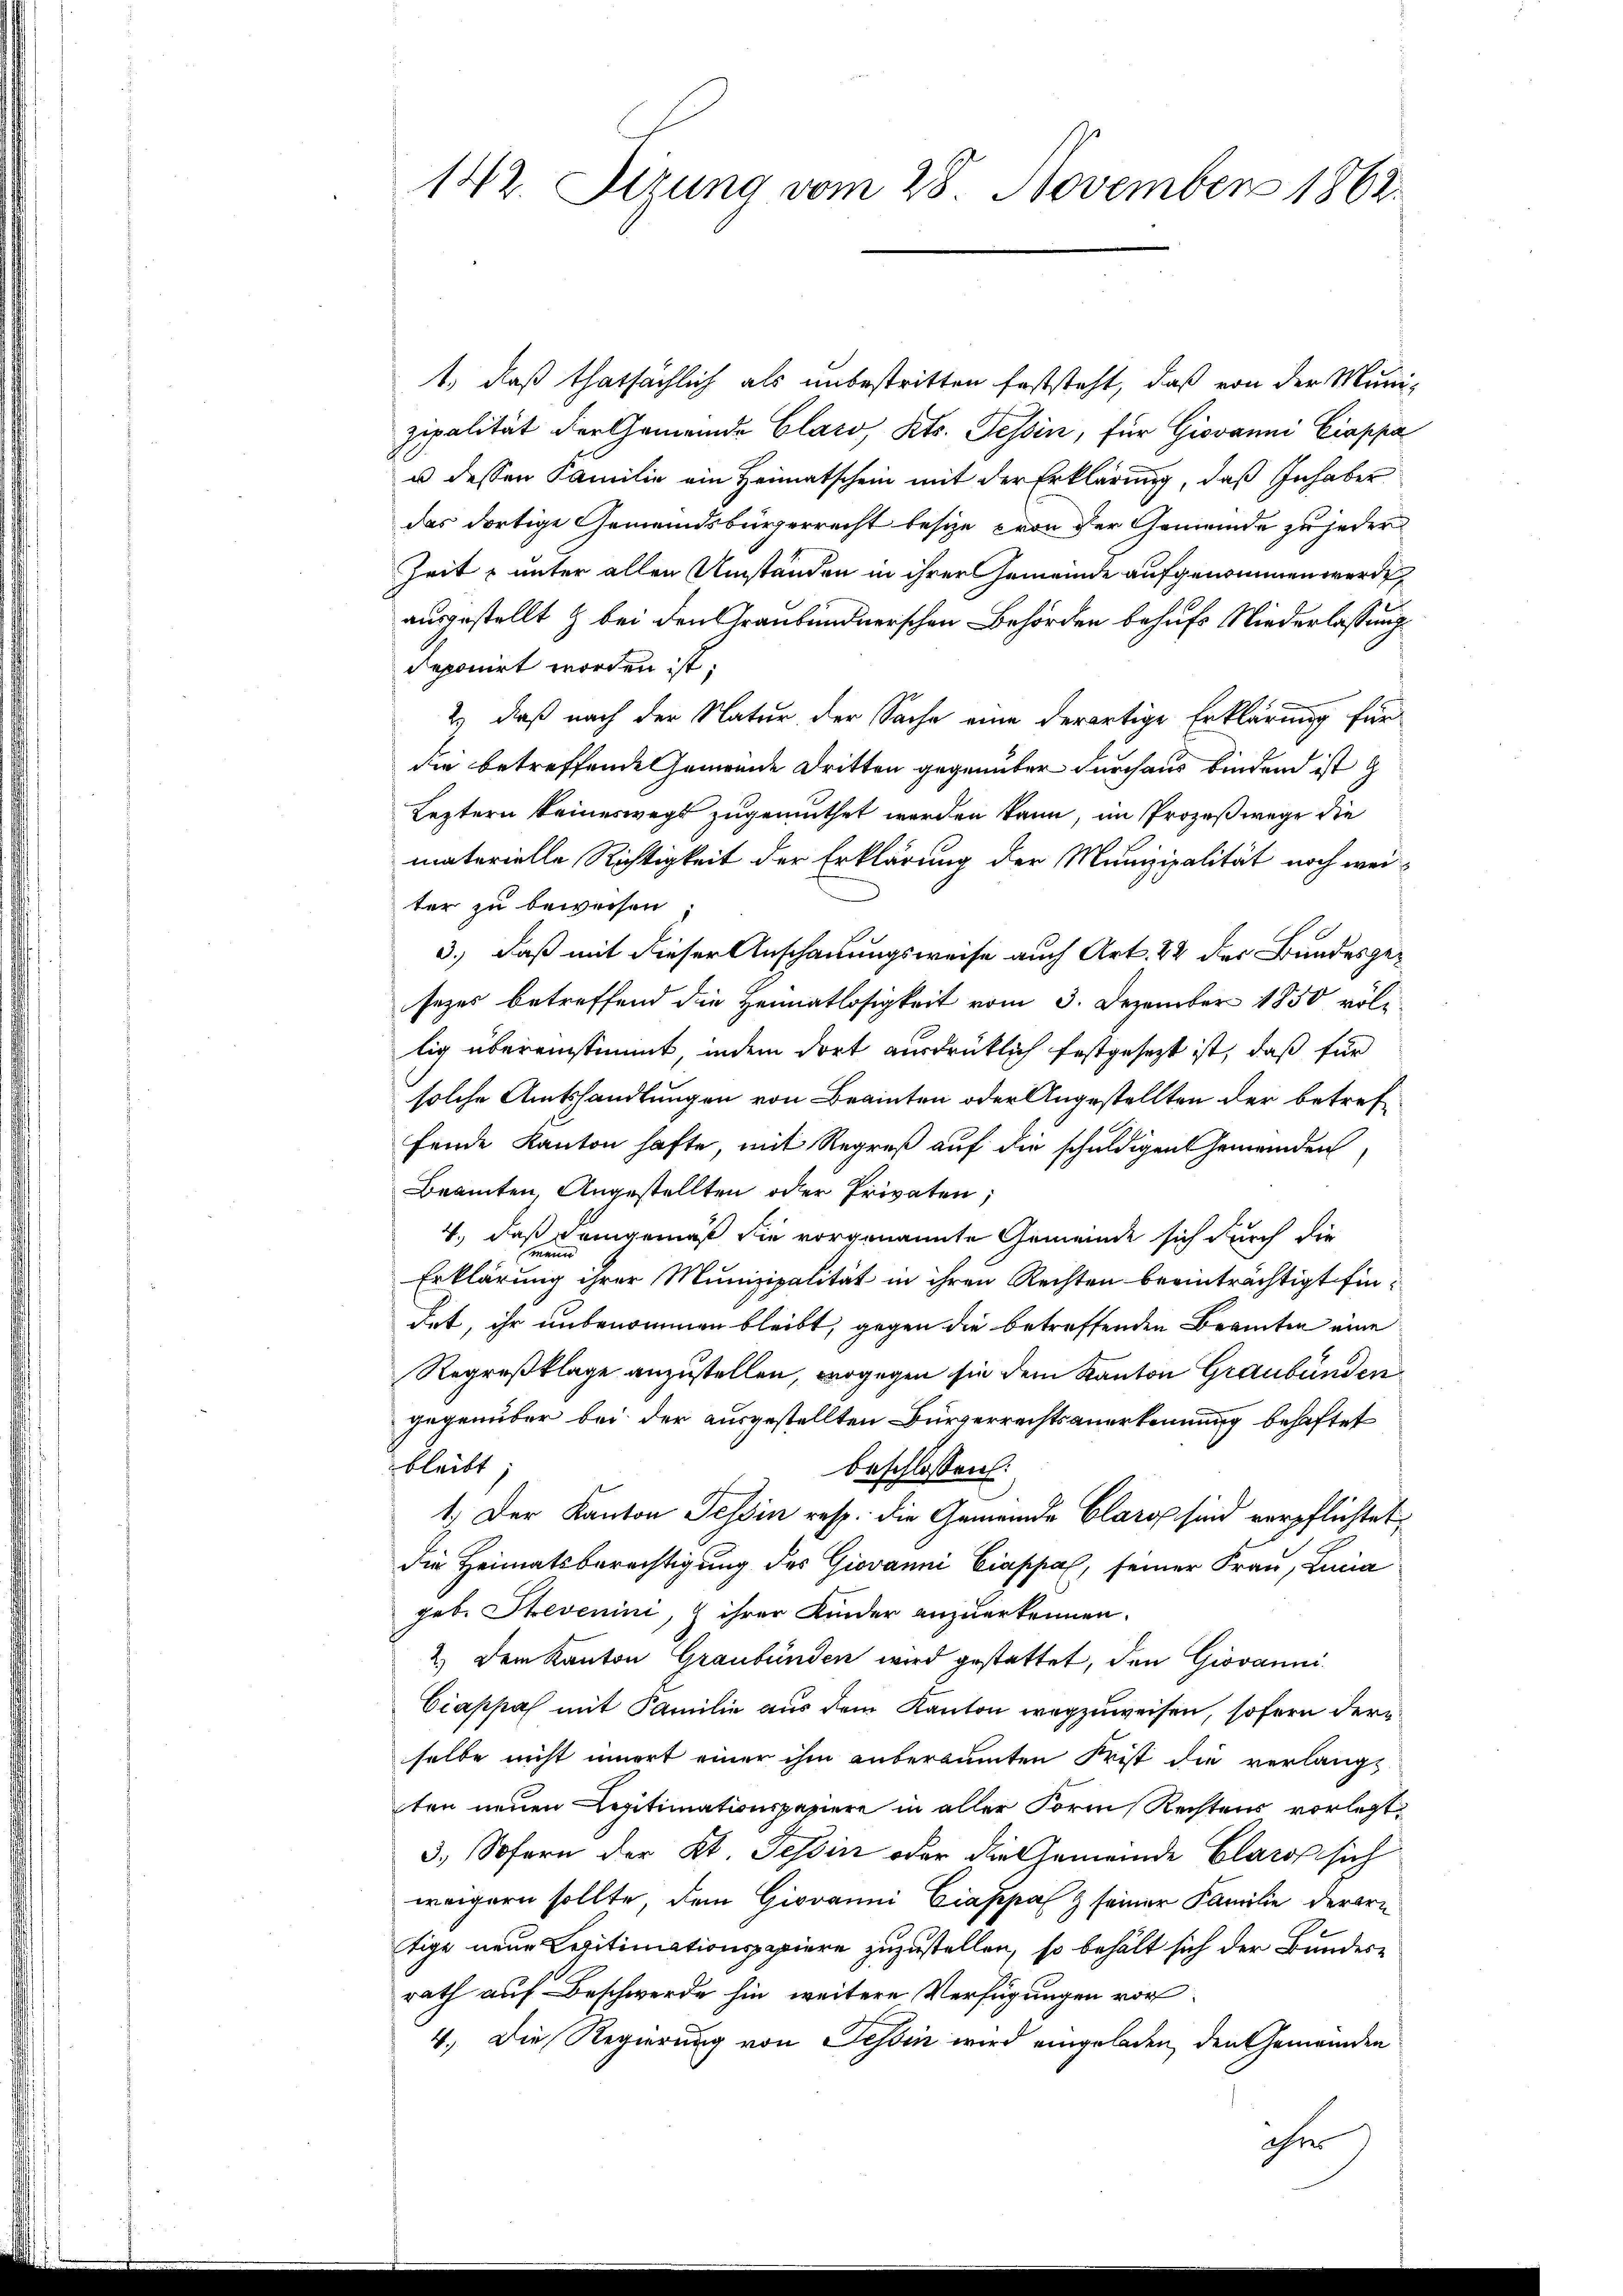
142. Setzung vom 28. November 1862.

t, daß thatsächlich als unbestritten feststeht, daß von der Muni-
zipalität der Gemeinde Claro, Kts. Tessin, für Giovanni Ciappa
u dessen Familie ein Heimatschein mit der Erklärung, daß Inhaber
das dortige Gemeindsbürgerrecht besize von der Gemeinde zu jeder
Zeit unter allen Umständen in ihrer Gemeinde aufgenommen werde,
ausgestellt & bei den Graubündnerschen Behörden behufs Niederlassung
deponirt worden ist;
2) daß nach der Natur der Sache eine derartige Erklärung für
die betreffende Gemeinde Dritten gegenüber durchaus bindend ist g
Leztern keineswegs zugemuthet werden kann, im Prozeßwege die
materielle Richtigkeit der Erklärung der Munizipalität noch weiter zu beweisen
3.) Daß mit dieser Anschauungsweise auch Art. 42 der Bundesgesezes betreffend die Heimatlosigkeit vom 3. Dezember 1850 völlig übereinstimmt, indem dort ausdrücklich festgesezt ist, daß für
solche Amtshandlungen von Beainten oder Angestellten der betreffende Kanton hafte, mit Regreß auf die schuldigen Gemeinden
Beamten, Angestellten oder Privaten;
4., daß demgemäß sie vorgenannte Gemeinde sich durch die
ein
Erklärung ihrer Munizipalität in ihren Rechten beeinträchtigt findet, ihr unbenommen bleibt, gegen die betreffenden Beamten eine
Regreßklage anzustellen, wogegen sie dem Kanton Graubünden
gegenüber bei der ausgestellten Bürgerrechtsanerkennung behaftet
bleibt;
beschlossen:
1.) Der Kanton Tessin resp. die Gemeinde Claro sind verpflichtet,
die Heimatsberechtigung des Giovanni Ciappal, seiner Frau, Lucia
geb. Stevenini, Z ihrer Kinder anzuerkennen.
2.) Dem Kanton Graubünden wird gestattet, den Giovanni
Ciappas mit Familie aus dem Kanton wegzuweisen, sofern der
selbe nicht innert einer ihm anberaumten Frist die verlangt
ten neuen Legitimationspasiere in aller Form Rechtens vorlegt,
3. Sofern der Kt. Tessin oder die Gemeinde Claros sich
weigern sollte, dem Giovanni Ciappal & seiner Familie derern
tige neue Legitimationspapiere zuzustellen, so behält sich der Bundes-
rath auf Beschwerde hin weitere Verfügungen vor
4. Die Regierung von Tessin wird eingeladen, den Gemeinden
ihr